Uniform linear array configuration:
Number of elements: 16
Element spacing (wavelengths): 0.25
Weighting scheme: cosine
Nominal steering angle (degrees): -15
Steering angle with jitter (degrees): -16.121
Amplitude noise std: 0.05
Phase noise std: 0.05

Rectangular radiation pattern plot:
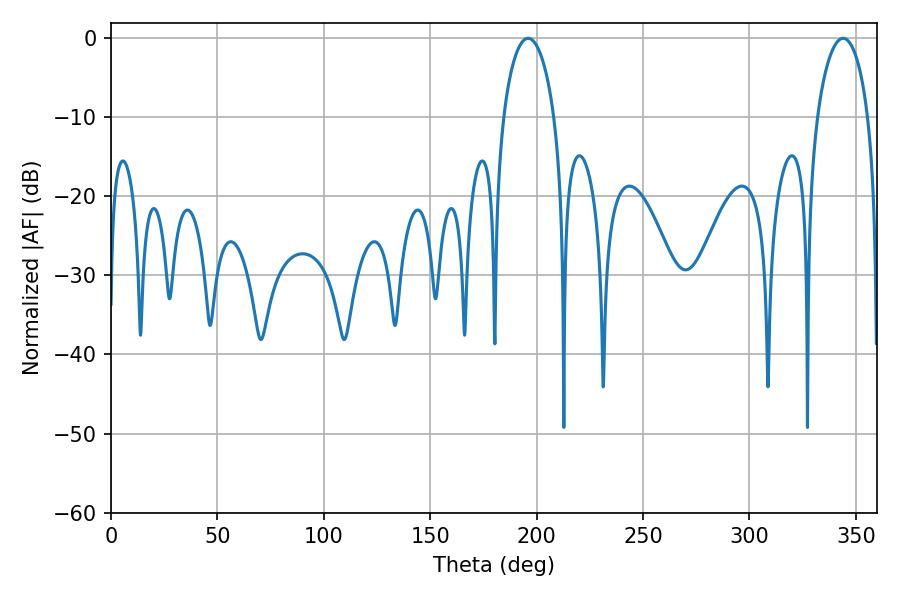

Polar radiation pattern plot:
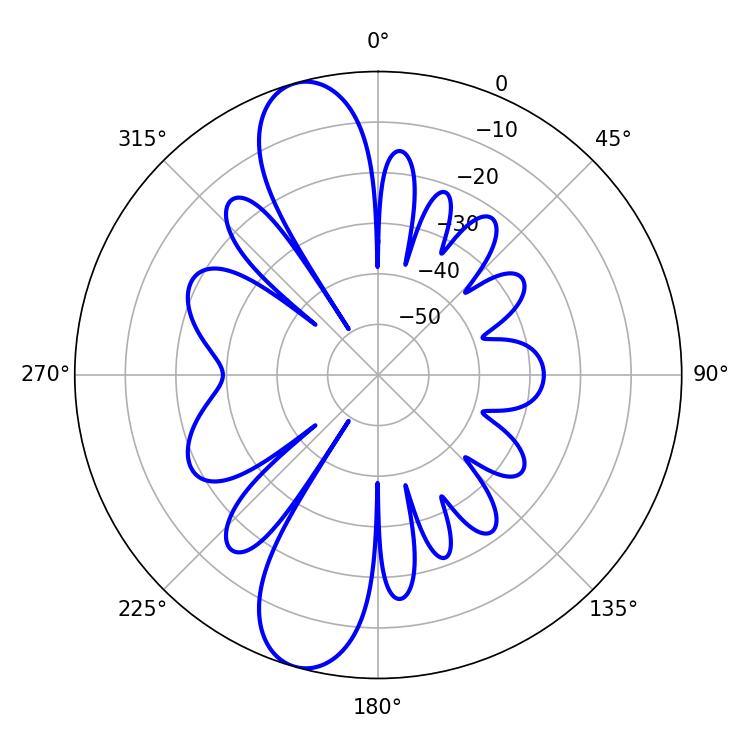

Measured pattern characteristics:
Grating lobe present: FALSE
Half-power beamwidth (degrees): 13.68
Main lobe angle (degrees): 196.02